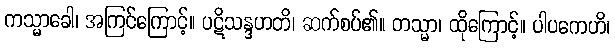
ကသ္မာခေါ၊ အကြင်ကြောင့်။ ပဋိသန္ဒဟတိ၊ ဆက်စပ်၏။ တသ္မာ၊ ထိုကြောင့်။ ပါပကေဟိ၊